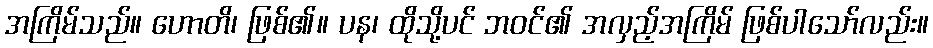
အကြိမ်သည်။ ဟောတိ၊ ဖြစ်၏။ ပန၊ ထိုသို့ပင် ဘဝင်၏ အလှည့်အကြိမ် ဖြစ်ပါသော်လည်း။